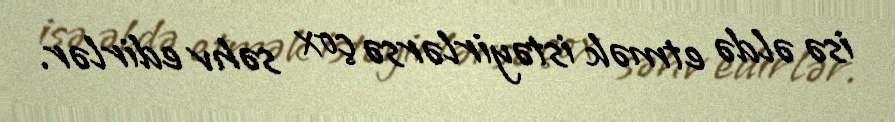
isə əldə etmək istəyirlərsə çox səhv edirlər.